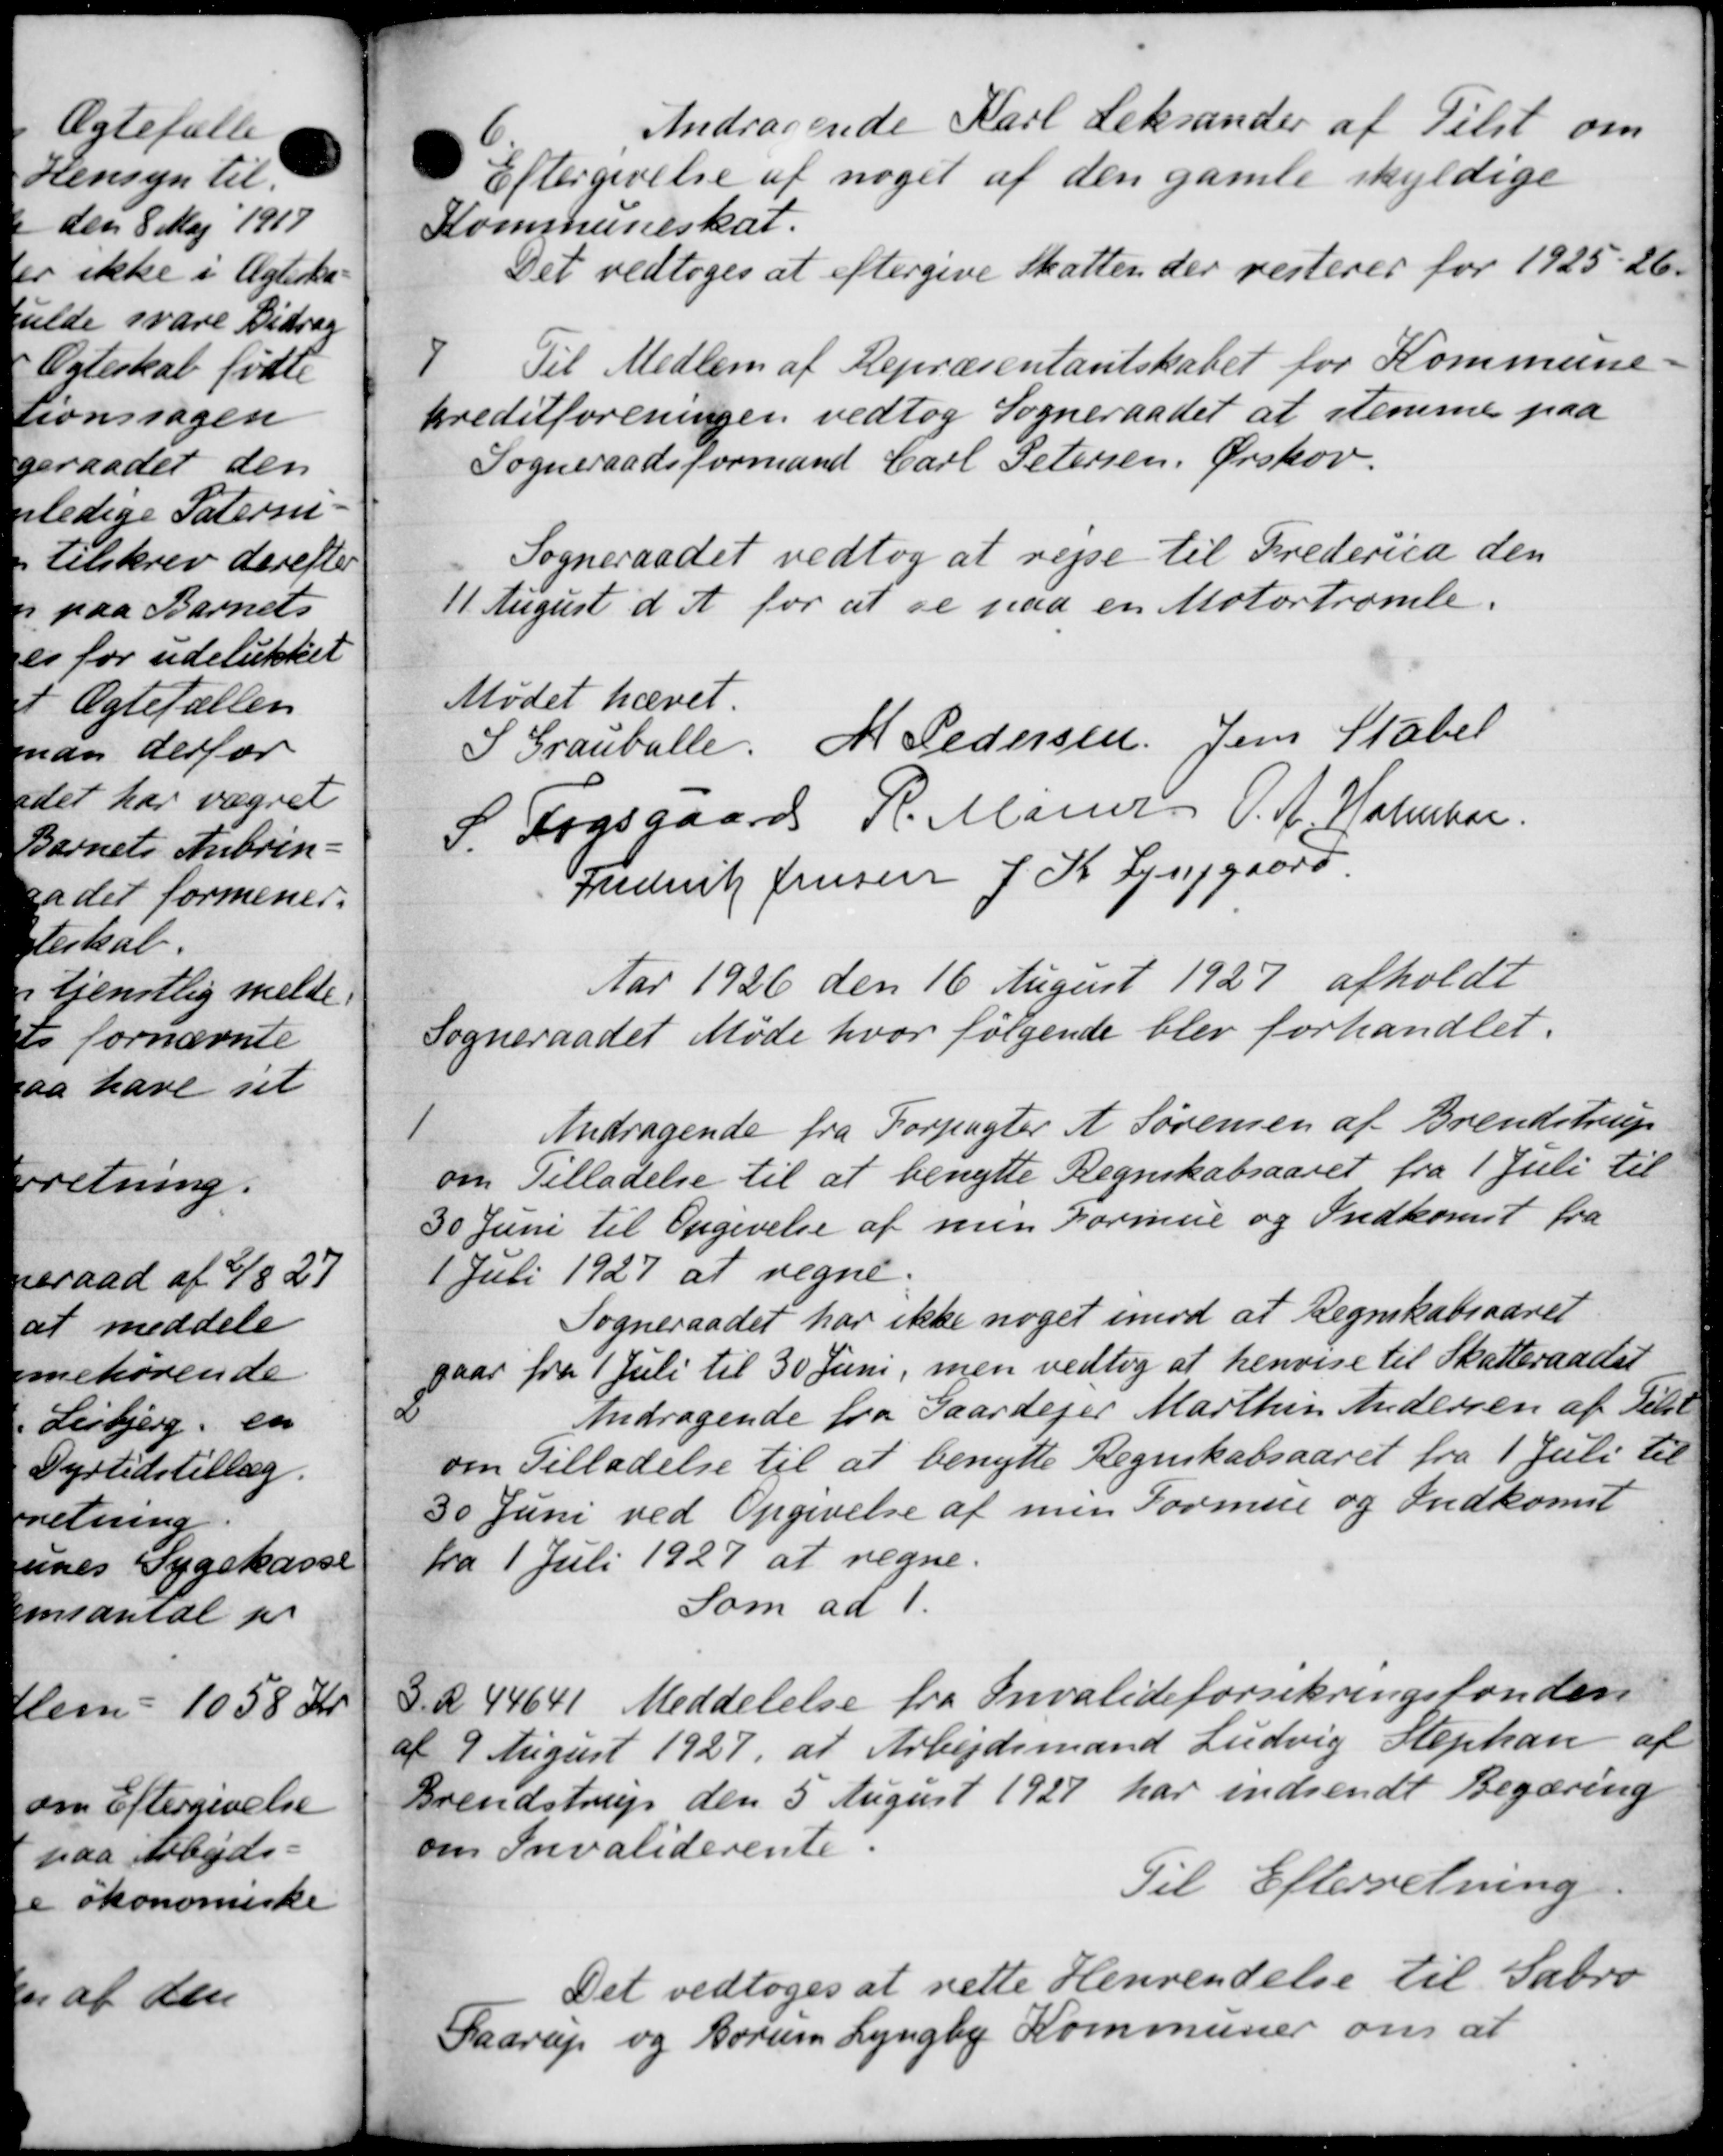
Transskription:
6
Andragende Karl Leksander af Tilst om
Eftergivelse af noget af den gamle skyldige
Kommuneskat.
Det vedtoges at eftergive skatten der resteres for 1925-26.
7
Til Medlem af Repræsentantskabet for Kommune-
kreditforeningen vedtog Sogneraadet at stemme paa
Sogneraadsformand Carl Petersen, Ørskov.
Sogneraadet vedtog at rejse til Frederica den
11 August d. A. for at se paa en Motortromle.
Mødet hævet
I Grauballe. M Pedersen Jens Stabel
S Fogsgaard R. Maner O. A. Holmbor
Frederik Jensen J. K. Luggaard
Aar 1926 den 16 August 1927 afholdt
Sogneraadet Møde hvor følgende blev forhandlet.
1
Andragende fra Forpagter A. Sørensen af Brendstrup
om Tilladelse til at benytte Regnskabsaaret fra 1 Juli til
30 Juni til Opgivelse af men Formue og Indkomst fra
1 Juli 1927 at regne.
Sogneraadet har ikke noget imod at Regnskabsaaret
gaar fra 1 Juli til 30 Juni, men vedtog at henvise til Skatteraadet
2
Andragende fra Gaardejer Marthin Andersen af Tilst
om Tilladelse til at benytte Regnskabsaaret fra 1 Juli til
30 Juni ved Opgivelse af men Formue og Indkomst
fra 1 Juli 1927 at regne.
Som ad 1.
3
44641 Meddelelse fra Invalideforsikringsfonden
c 9 August 1927, at Arbejdsmand Ludvig Stephan af
rendstrup den 5 August 1927 har indsendt Begæring
om Invaliderente.
Til Efterretning.
Det vedtoges at rette Henvendelse til Sabro
" og Borum Lyngby Kommuner om at